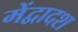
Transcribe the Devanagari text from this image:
मेंद्वादश